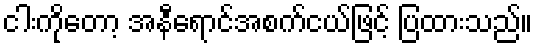
ငါးကိုတော့ အနီရောင်အစက်ငယ်ဖြင့် ပြထားသည်။